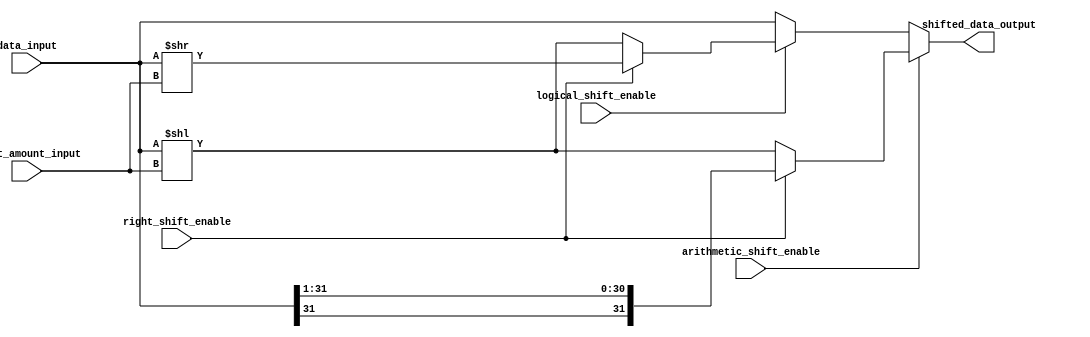
module barrel_shifter (
    input wire [31:0] data_input,
    input wire [4:0] shift_amount_input,
    input wire logical_shift_enable,
    input wire arithmetic_shift_enable,
    input wire right_shift_enable,
    output wire[31:0] shifted_data_output
);

wire[31:0] logical_shifted_data;
wire[31:0] arithmetic_shifted_data;

assign logical_shifted_data = (logical_shift_enable) ? (right_shift_enable) ? (data_input >> shift_amount_input) : (data_input << shift_amount_input) : data_input;

assign arithmetic_shifted_data = (arithmetic_shift_enable) ? (right_shift_enable) ? {data_input[31], data_input[31:1]} : (data_input << shift_amount_input) : data_input;

assign shifted_data_output = (arithmetic_shift_enable) ? arithmetic_shifted_data : logical_shifted_data;

endmodule